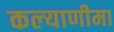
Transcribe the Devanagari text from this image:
कल्‍याणीमा